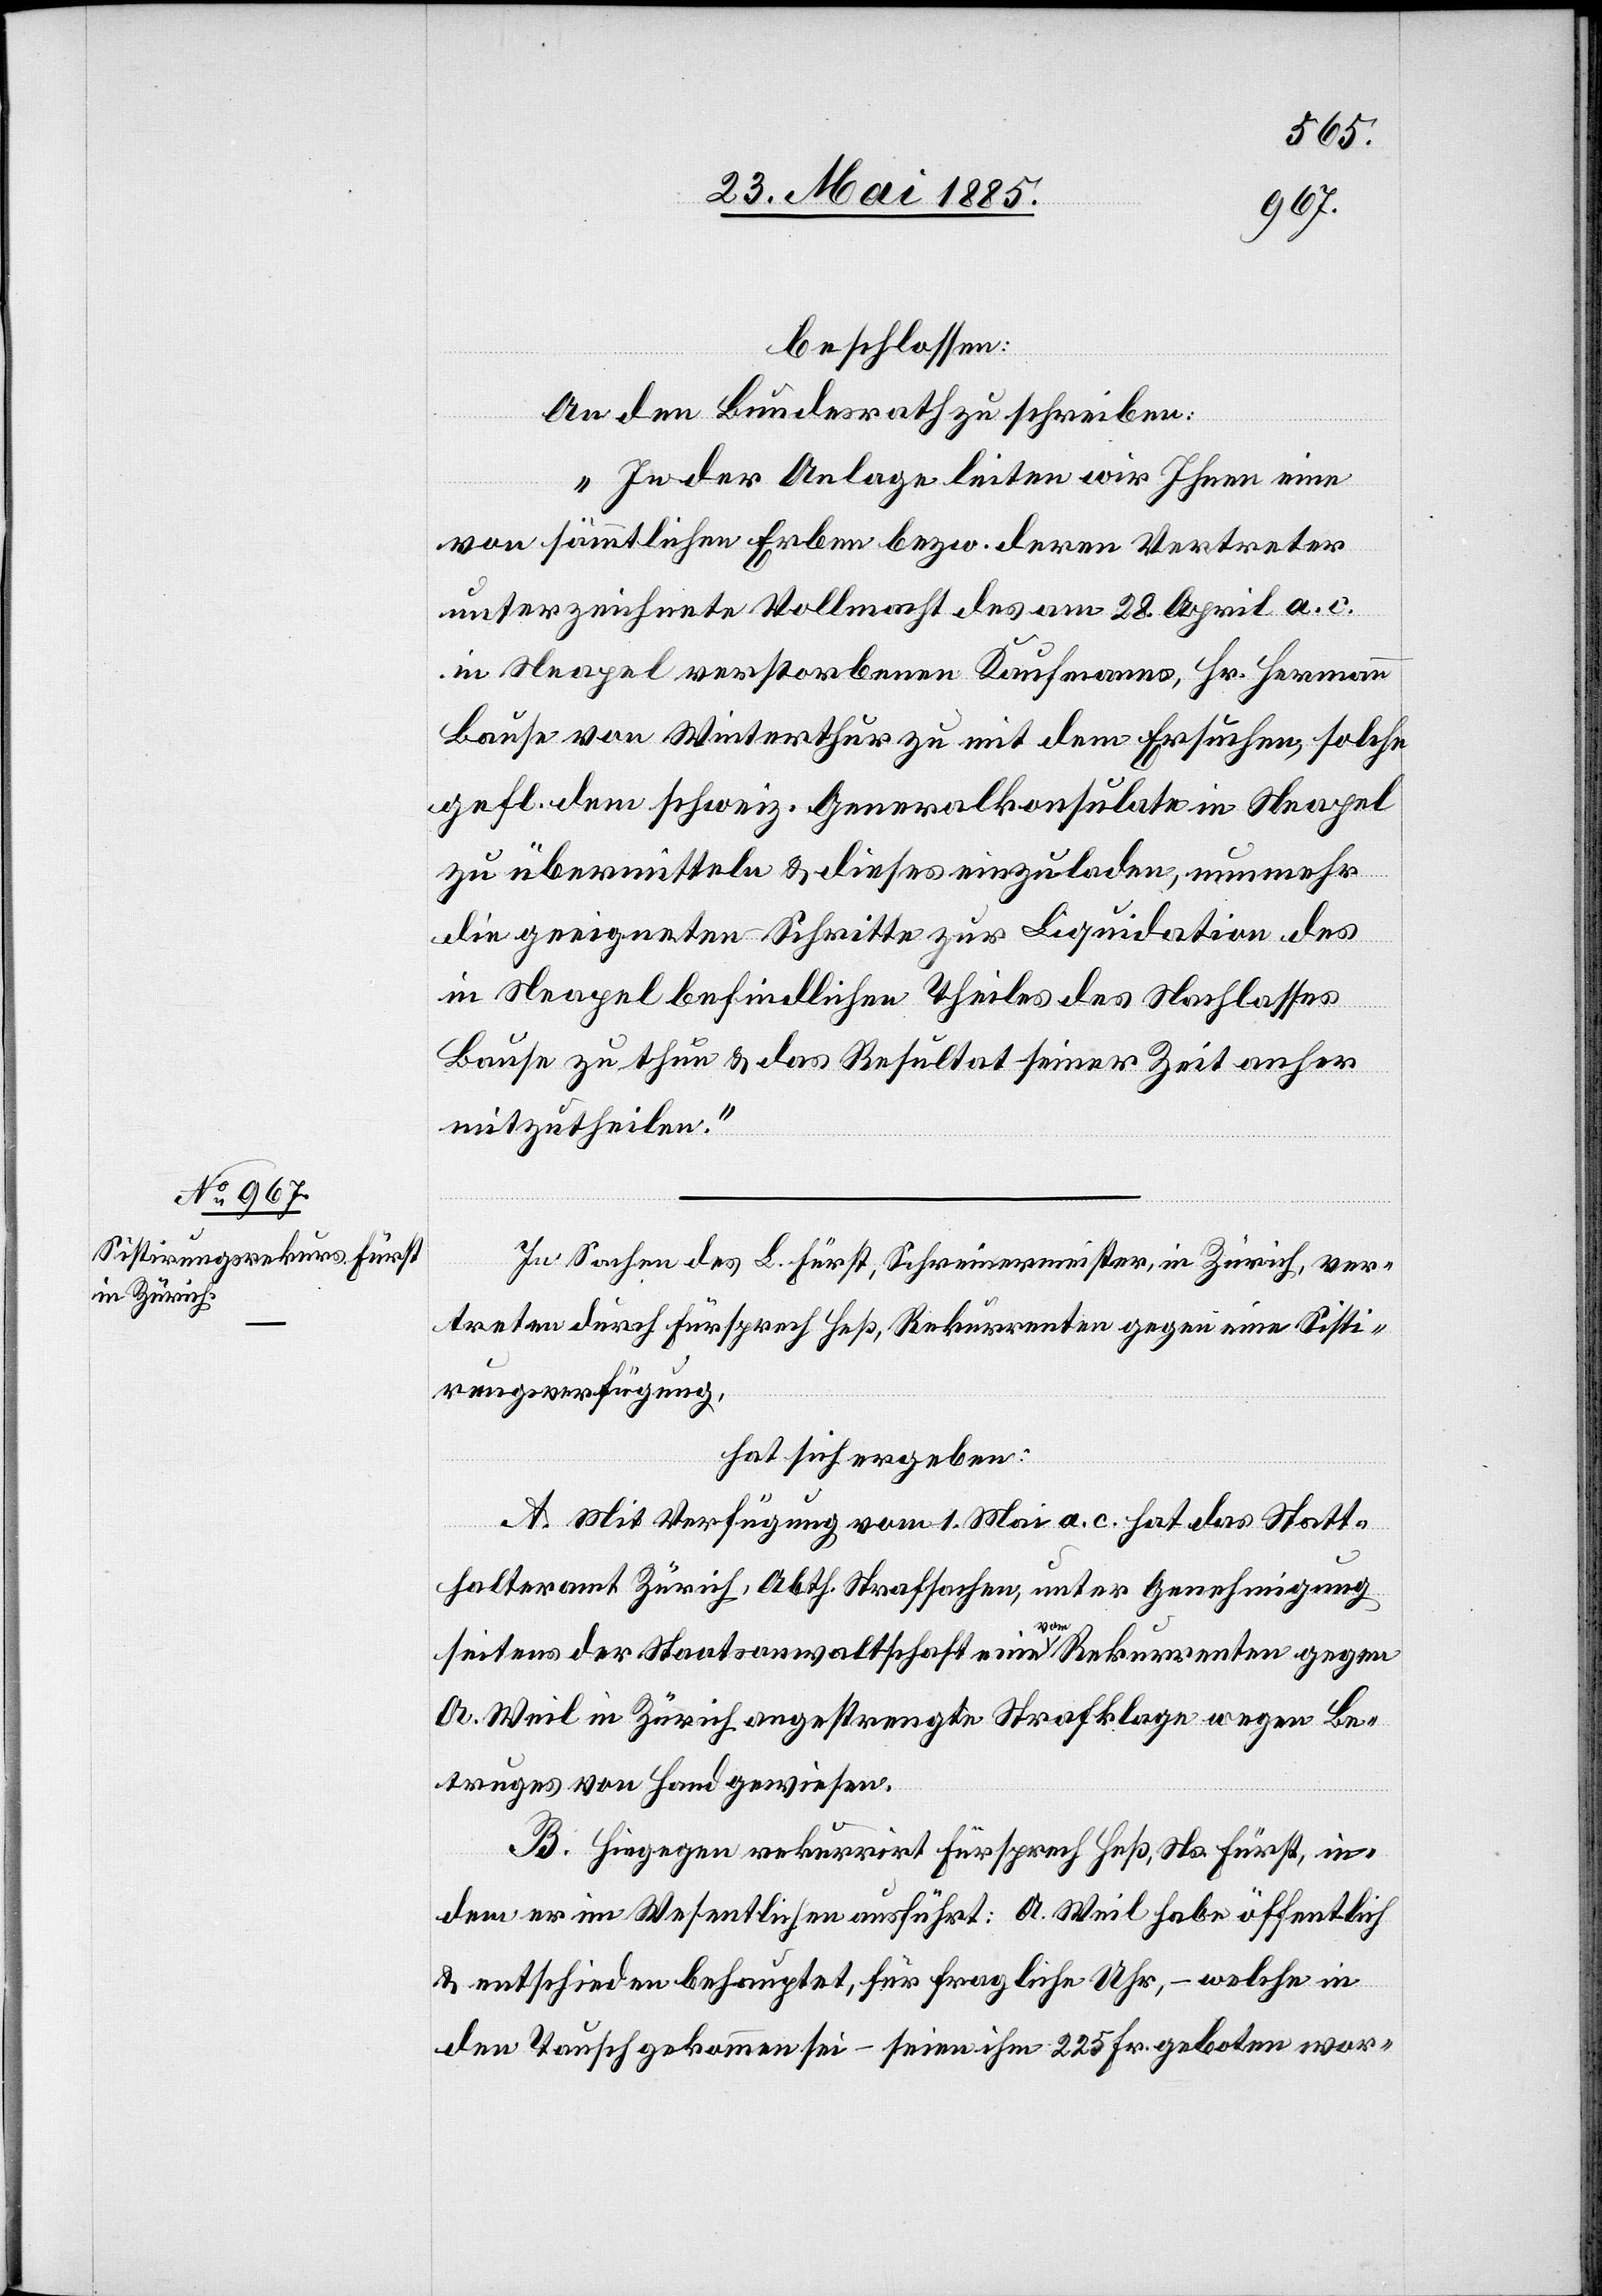
beschlossen:
An den Bundesrath zu schreiben:
„In der Anlage leiten wir Ihnen eine
von sämmtlichen Erben bezw. deren Vertreter
unterzeichnete Vollmacht des am 28. April a. c.
in Neapel verstorbenen Kaufmanns, Hr. Hermann
Bause von Winterthur zu mit dem Ersuchen, solche
gefl. dem schweiz. Generalkonsulate in Neapel
zu übermitteln & dieses einzuladen, nunmehr
die geeigneten Schritte zur Liquidation des
in Neapel befindlichen Theiles des Nachlasses
Bause zu thun & das Resultat seiner Zeit anher
mitzutheilen.“
In Sachen des L. Fürst, Schreinermeister, in Zürich, ver¬
treten durch Fürsprech Heß, Rekurrenten gegen eine Sisti¬
rungsverfügung,
hat sich ergeben:
A. Mit Verfügung vom 1. Mai a. c. hat das Statt¬
halteramt Zürich, Abth. Strafsachen, unter Genehmigung
seitens der Staatsanwaltschaft eine vom Rekurrenten gegen
A. Weil in Zürich angestrengte Strafklage wegen Be¬
truges von Hand gewiesen.
B. Hiegegen rekurrirt Fürsprech Heß, Ns. Fürst, in¬
dem er im Wesentlichen ausführt: A. Weil habe öffentlich
& entschieden behauptet, für fragliche Uhr, – welche in
den Tausch gekommen sei – seien ihm 225 Fr. geboten wor-